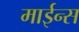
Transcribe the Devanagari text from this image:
माईन्स